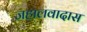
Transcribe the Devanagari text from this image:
जहालवादास